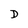
Character: D